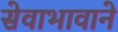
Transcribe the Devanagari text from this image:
सेवाभावाने